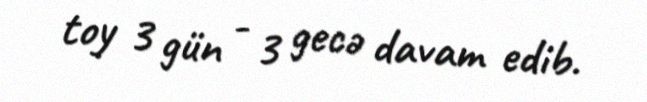
toy 3 gün - 3 gecə davam edib.